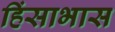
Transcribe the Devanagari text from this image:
हिंसाभास